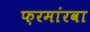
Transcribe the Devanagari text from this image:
फ़रमांरवा